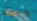
وجهك